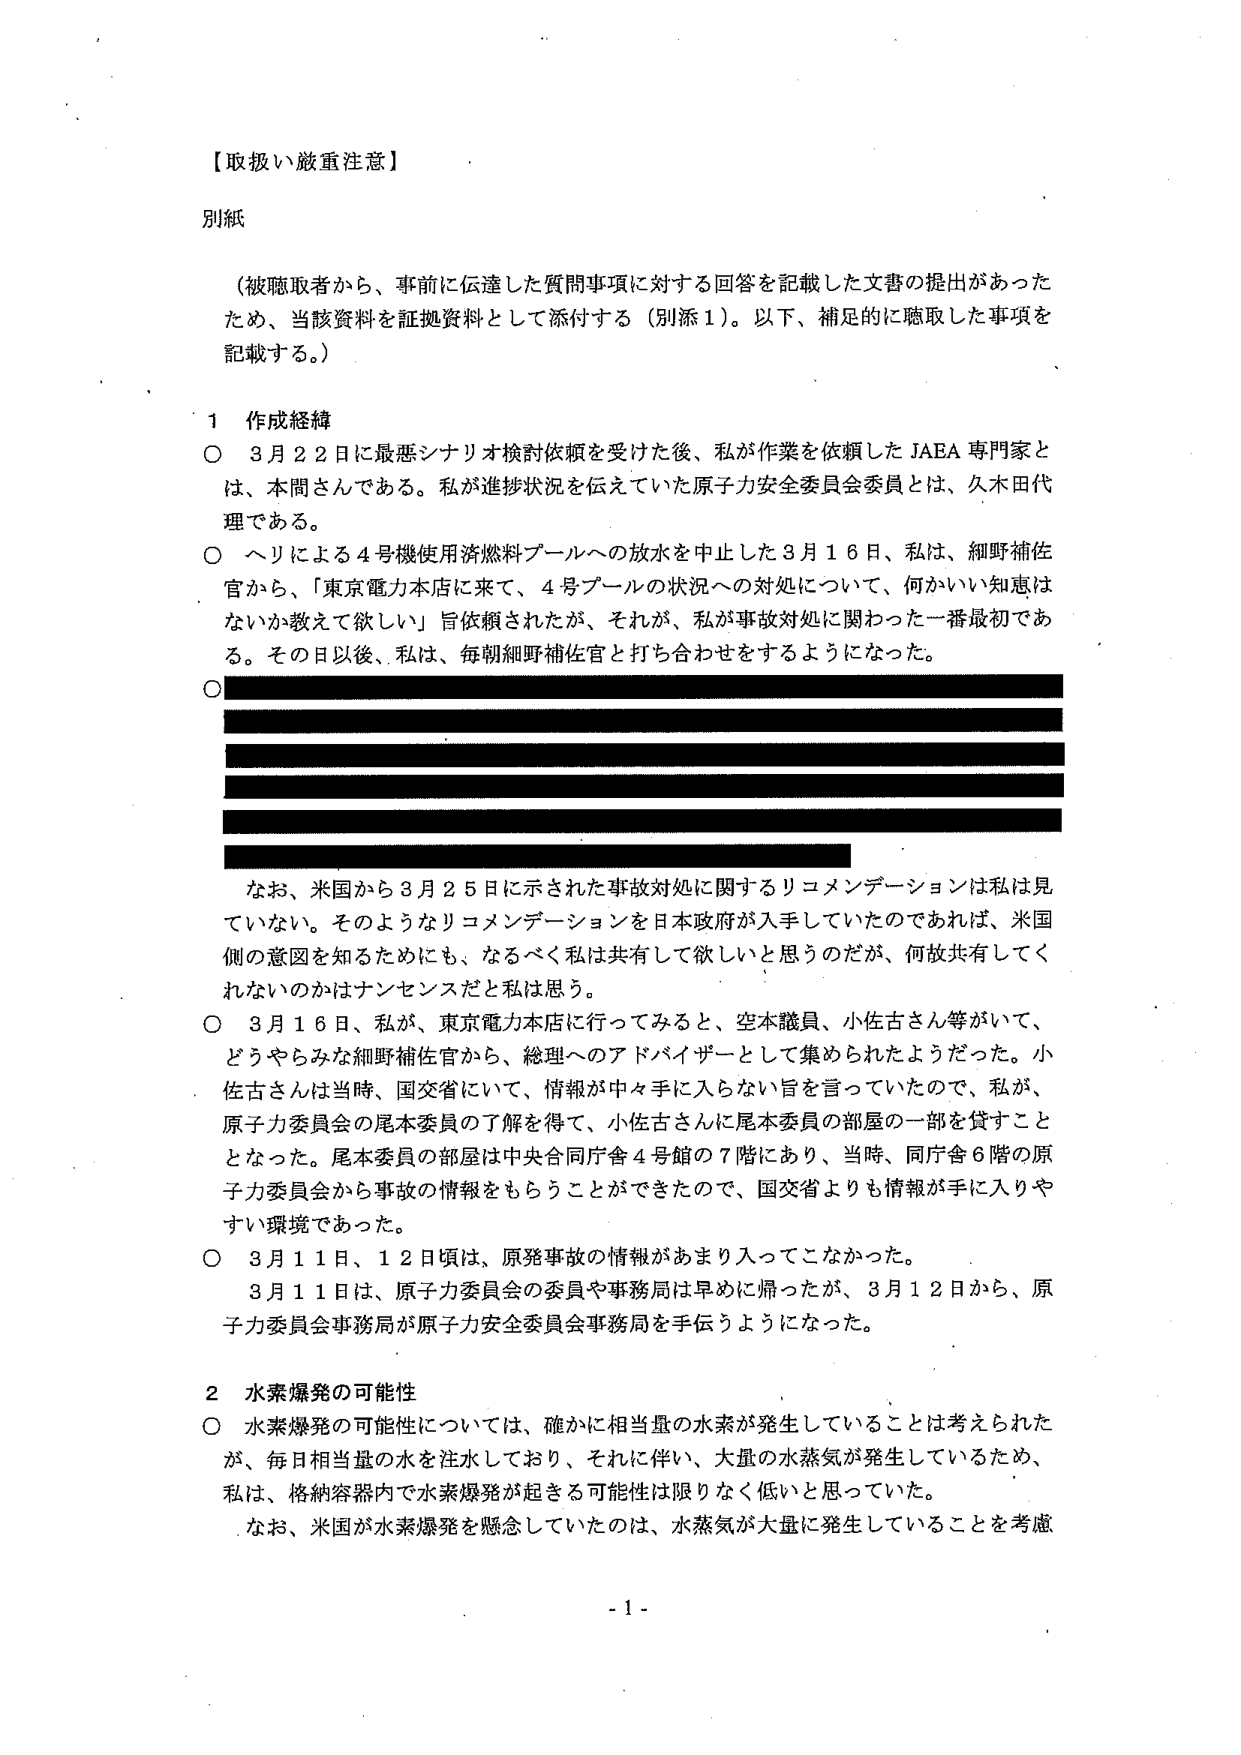
【取扱い厳重注意】

別紙

（被聴取者から、事前に伝達した質問事項に対する回答を記載した文書の提出があったため、当該資料を証拠資料として添付する（別添1）。以下、補足的に聴取した事項を記載する。）

1 作成経緯

○ 3月22日に最悪シナリオ検討依頼を受けた後、私が作業を依頼したJAEA専門家とは、本間さんである。私が進捗状況を伝えていた原子力安全委員会委員とは、久木田代理である。

○ ヘリによる4号機使用済燃料プールへの放水を中止した3月16日、私は、細野補佐官から、「東京電力本店に来て、4号プールの状況への対処について、何かいい知恵はないか教えて欲しい」旨依頼されたが、それが、私が事故対処に関わった一番最初である。その日以後、私は、毎朝細野補佐官と打ち合わせをするようになった。

○ [黒塗り部分、テキスト不可視]

なお、米国から3月25日に示された事故対処に関するリコメンデーションは私は見ていない。そのようなリコメンデーションを日本政府が入手していたのであれば、米国側の意図を知るためにも、なるべく私は共有して欲しいと思うのだが、何故共有してくれないのかはナンセンスだと私は思う。

○ 3月16日、私が、東京電力本店に行ってみると、空本職員、小佐古さん等がいて、どうやらみな細野補佐官から、総理へのアドバイザーとして集められたようだった。小佐古さんは当時、国交省にいて、情報が中々手に入らない旨を言っていたので、私が、原子力委員会の尾本委員の了解を得て、小佐古さんに尾本委員の部屋の一部を貸すこととなった。尾本委員の部屋は中央合同庁舎4号館の7階にあり、当時、同庁舎6階の原子力委員会から事故の情報をもらうことができたので、国交省よりも情報が手に入りやすい環境であった。

○ 3月11日、12日頃は、原発事故の情報があまり入ってこなかった。

3月11日は、原子力委員会の委員や事務局は早めに帰ったが、3月12日から、原子力委員会事務局が原子力安全委員会事務局を手伝うようになった。

2 水素爆発の可能性

○ 水素爆発の可能性については、確かに相当量の水素が発生していることは考えられたが、毎日相当量の水を注水しており、それに伴い、大量の水蒸気が発生しているため、私は、格納容器内で水素爆発が起きる可能性は限りなく低いと思っていた。

なお、米国が水素爆発を懸念していたのは、水蒸気が大量に発生していることを考慮

- 1 -